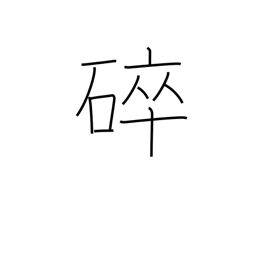
Meaning: broken